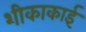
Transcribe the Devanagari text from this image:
शीकाकाई